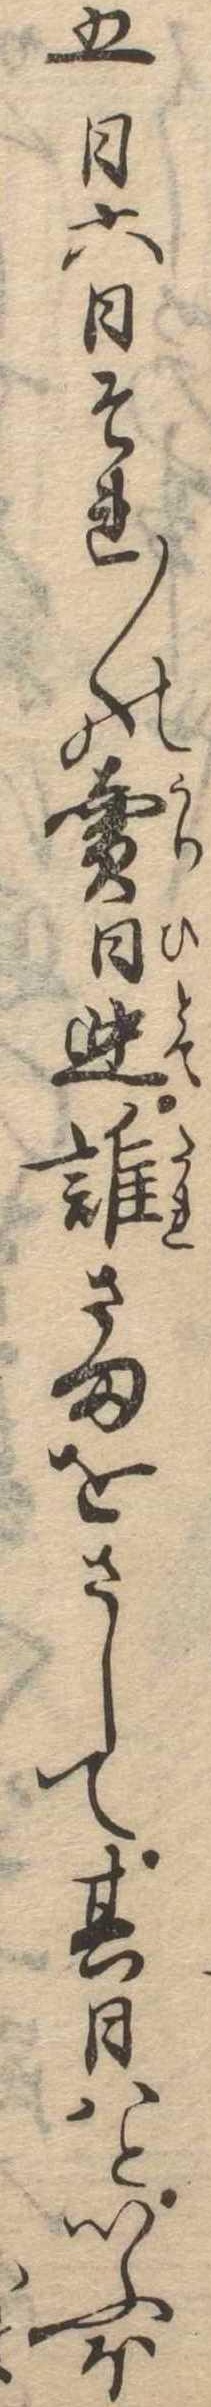
五日六日それ〱の売日迚誰さまをさして其日はといふほ